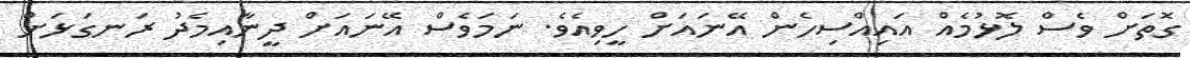
ގޮތަށް ވެސް ލޮޅުމެއް އައިއްސިހެން އޭނައަށް ހީވިއެވެ. ނަމަވެސް އޭނައަށް ދީނާއިމެދު ރަނގަޅަށް